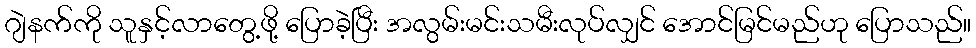
ဂျဲနက်ကို သူနှင့်လာတွေ့ဖို့ ပြောခဲ့ပြီး အလွမ်းမင်းသမီးလုပ်လျှင် အောင်မြင်မည်ဟု ပြောသည်။